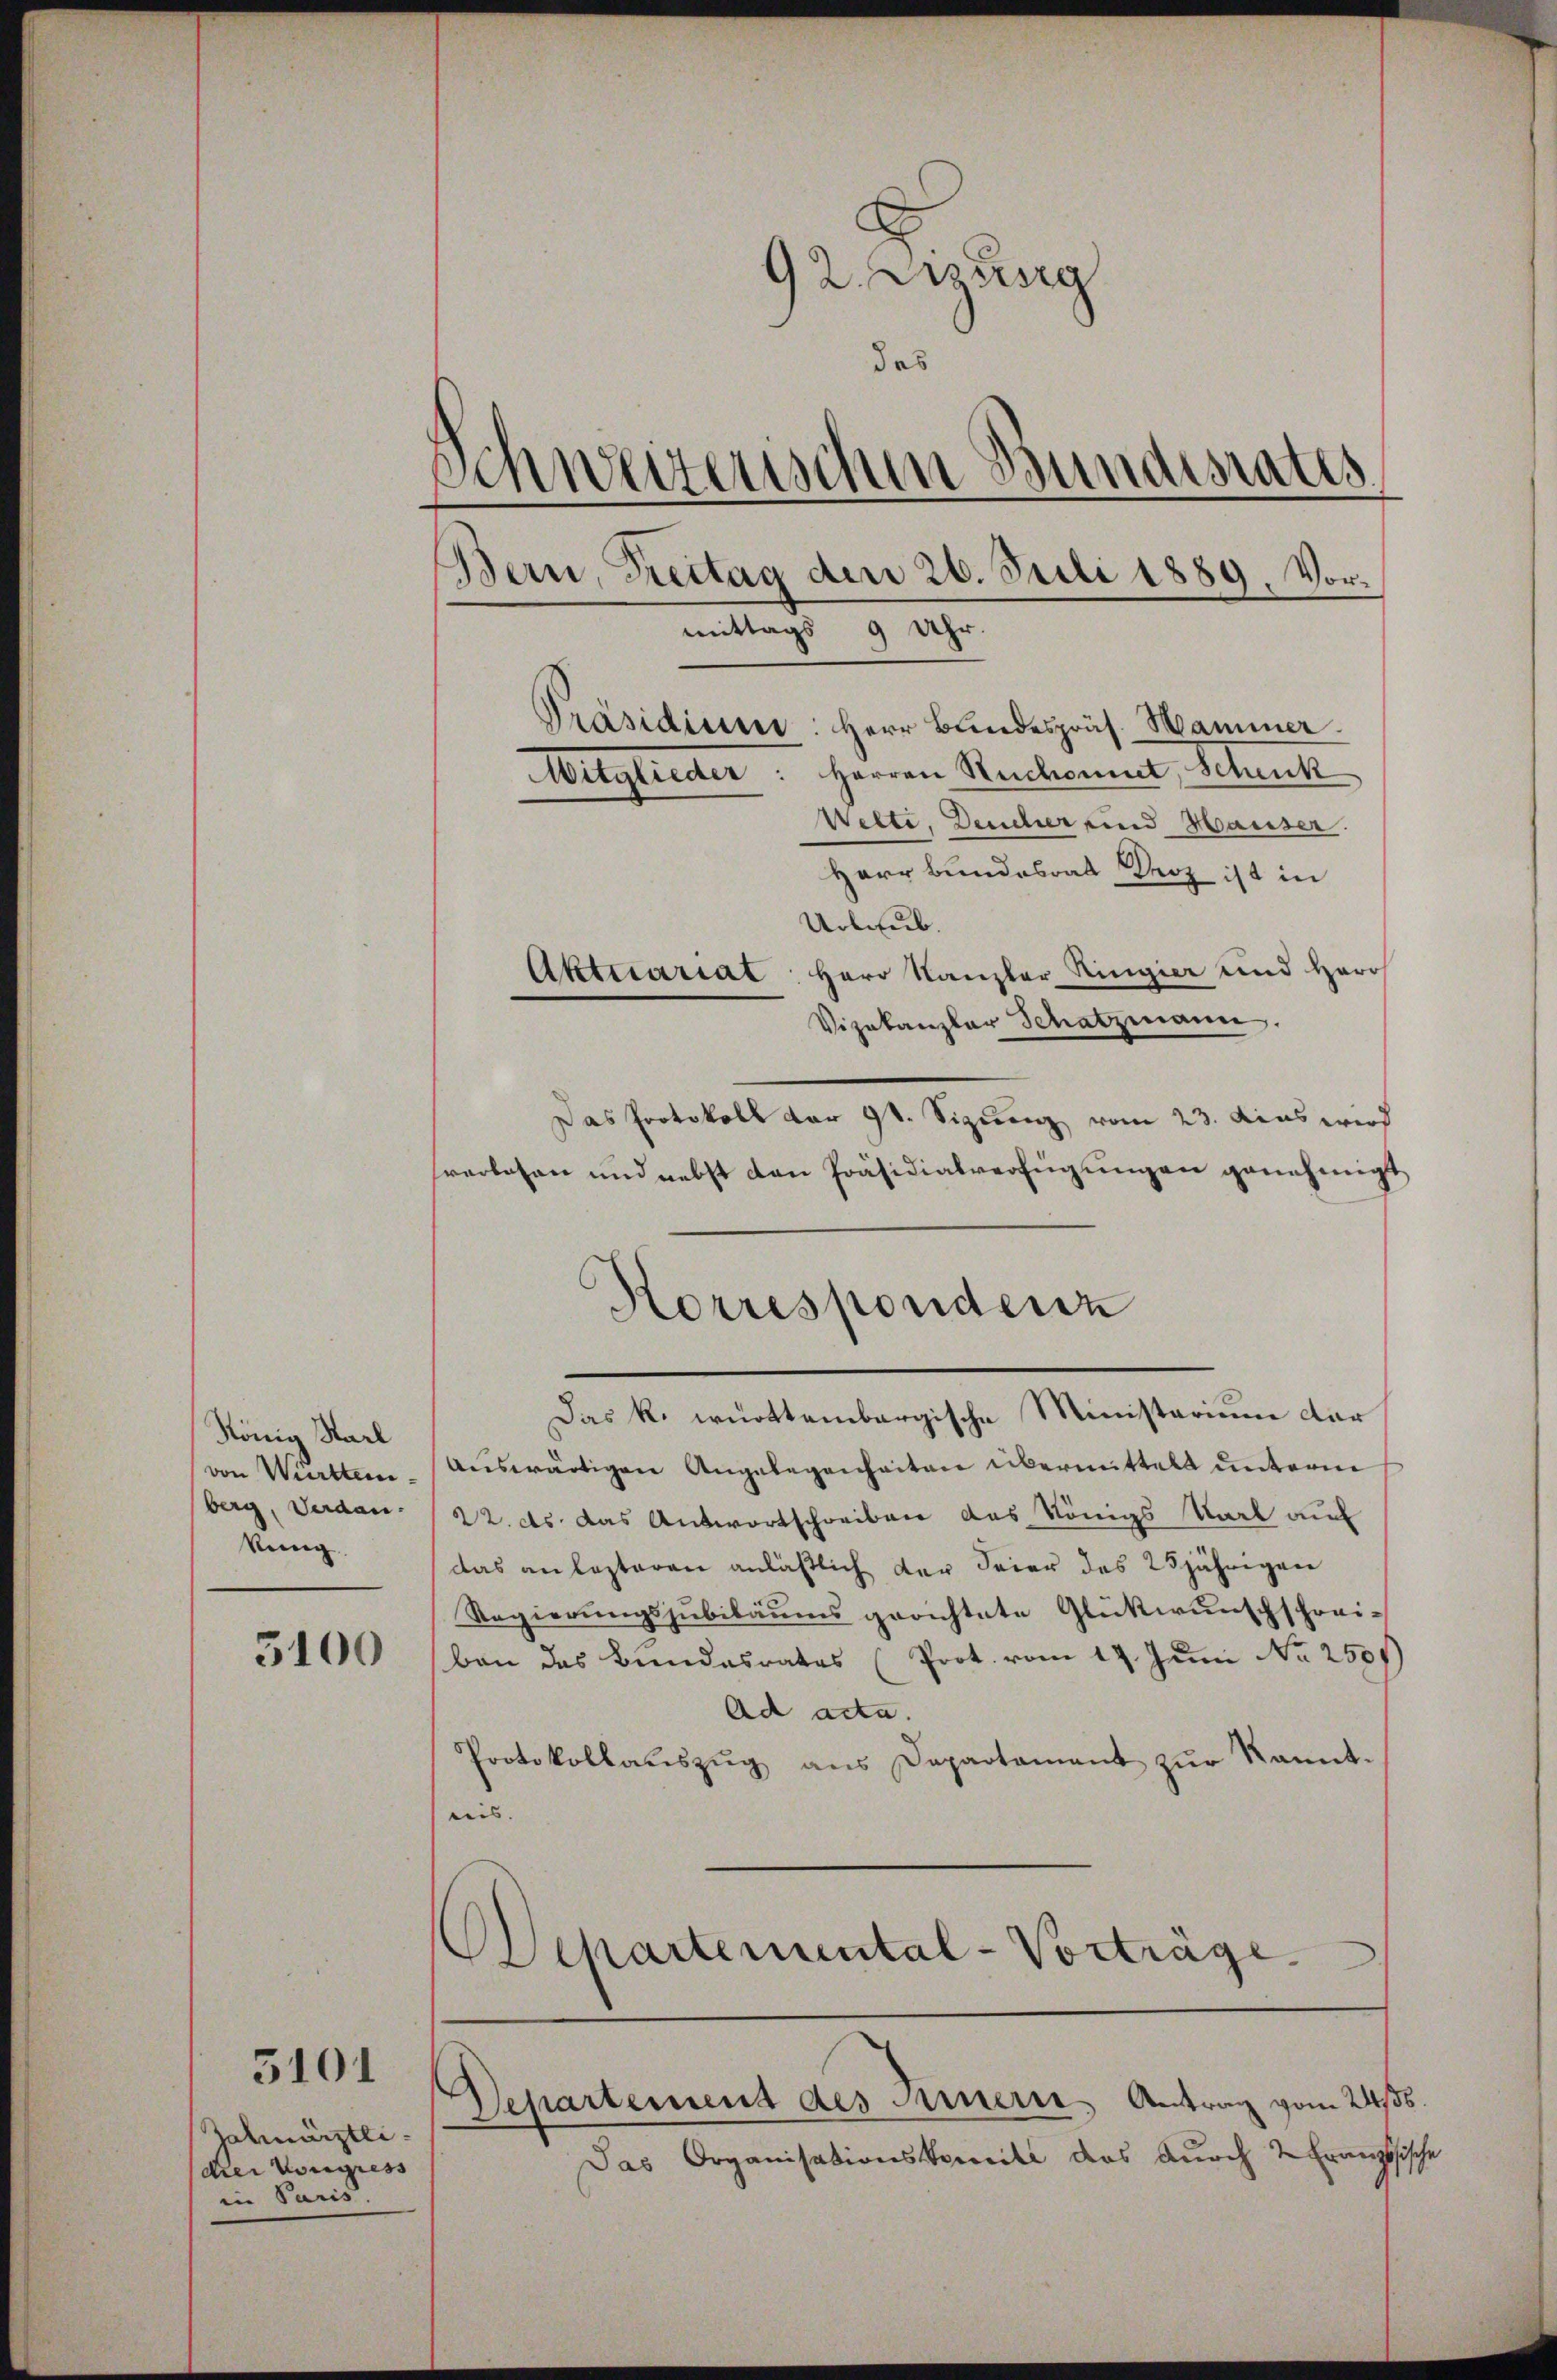
König Karl
von Württem
berg, Verdankung

3100

3101

Zalmärztlidrei Vorigiess
in Paris

92. anzung
des
mittags
Präsidium: Herr Bundespräs. Hammer
Witglieder. Herren Ruchonnet, Schenk
Welte, Deucher und Hauser.
Herr Bundesrat Boz ist in
Urlaub.
Aktuariat: Herr Kanzler Ringier und Herr
Vizekanzler Schatzmann.

Das Protokoll der St. Sizung vom 23. dens wird
verlesen und nebst den Präsidialverfügungen genehmigt
Das k. württembergische Ministerium der
auswärtigen Angelegenheiten übermittelt unterm
22. ds. das Antwortschreiben das Königs Karl auf
das anlasteren anläßlich der Feier des 25jährigen
Regierungsjubiläums gerichtete Glückwunschschrei-
ben das Bundesrates (Prot. vom 19. Juni No 2501)
Ad acta.
Protokollaŭszŭg ans Departamant zŭr kannt-
reis. |
Departemental-Vorträge.

Korresponderz

Schweizerischen Bundesrates
Bern, Freitag den 26. Juli 1889. Vor¬
9 Uhr

Departement des Innern, Antrag vom 246.

Das Organisationskomite das durch 2 Französische